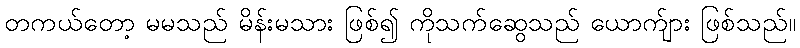
တကယ်တော့ မမသည် မိန်းမသား ဖြစ်၍ ကိုသက်ဆွေသည် ယောက်ျား ဖြစ်သည်။